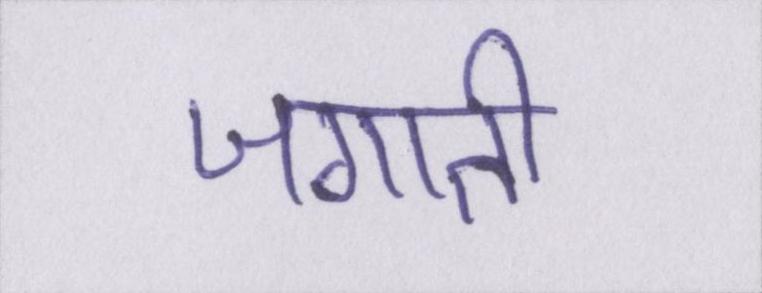
जगाती